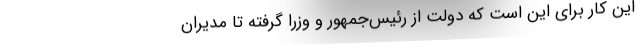
این کار برای این است که دولت از رئیس‌جمهور و وزرا گرفته تا مدیران